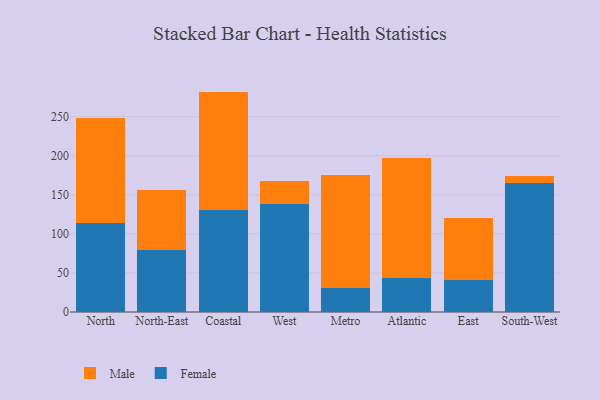
{"axis": {"x": "Region", "y": "Gross Profit (USD K)"}, "legend": ["Female", "Male"], "data": [{"x": "North", "y": 113.4, "type": "Female"}, {"x": "North", "y": 134.5, "type": "Male"}, {"x": "North-East", "y": 80.0, "type": "Female"}, {"x": "North-East", "y": 76.2, "type": "Male"}, {"x": "Coastal", "y": 131.1, "type": "Female"}, {"x": "Coastal", "y": 151.1, "type": "Male"}, {"x": "West", "y": 138.9, "type": "Female"}, {"x": "West", "y": 28.2, "type": "Male"}, {"x": "Metro", "y": 30.3, "type": "Female"}, {"x": "Metro", "y": 145.1, "type": "Male"}, {"x": "Atlantic", "y": 43.9, "type": "Female"}, {"x": "Atlantic", "y": 153.5, "type": "Male"}, {"x": "East", "y": 41.0, "type": "Female"}, {"x": "East", "y": 79.0, "type": "Male"}, {"x": "South-West", "y": 164.7, "type": "Female"}, {"x": "South-West", "y": 9.7, "type": "Male"}]}